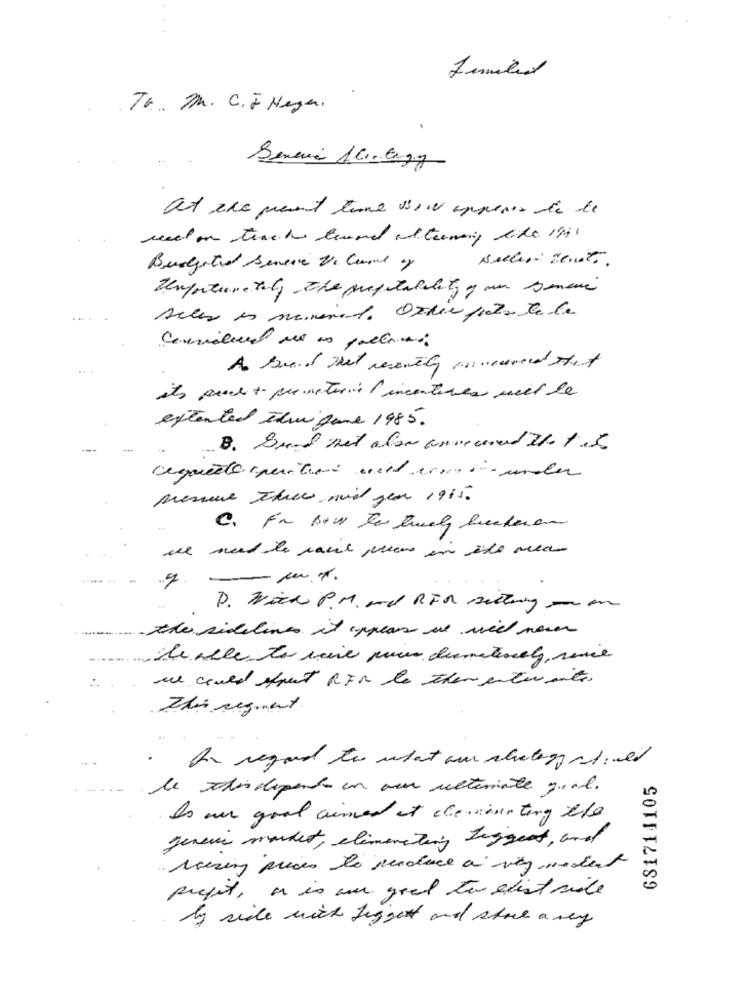
Tr M. C. F Haya.
Budgeted Senere Vo Cant of
its peace + premature ( incentives mit be
extented Elwi june 1985.
---
pressure three mir gen 1915.
C. Fr Bow to havely bucheron
-- m.T.
P. Wiek P. M. and RER sieting -in
the sidelines it appears we will never
be able to reine muis diameterely, since
we could street RFN de then entire site.
In regard to start our strategy ati vet
681714105
le xis dipenta en ver ultimate goal.
Is our good aimed at chevientiry the
geneva market , eliminating biggest, and
Mering prices to reduce a vity modent
prefet, or is one good to exist site
by side wich Tigget and share a very